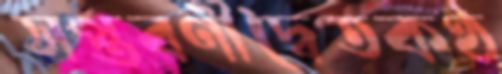
সপ্তবর্ণীদ্বৈতকণ্ঠ